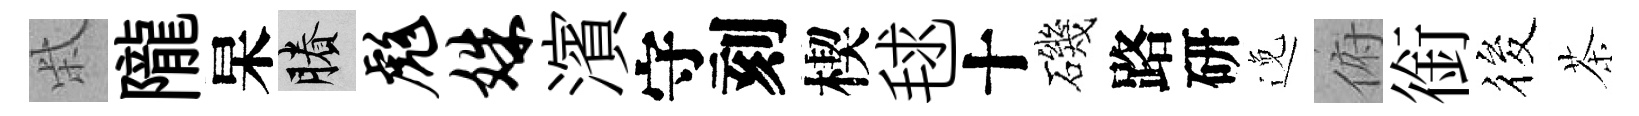
柴隴杲賸彪姝濱守刻楔毬十磯路研𨓜俯銜筱茶